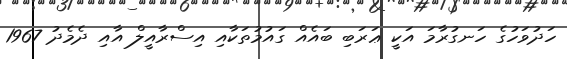
ހަދުވަހުގެ ހަނގުރާމަ އަކީ ޢަރަބި ބައެއް ގައުމުތަކާއި އިސްރާއީލް އާއި ދެމެދު 1967